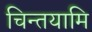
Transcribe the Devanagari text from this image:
चिन्तयामि